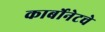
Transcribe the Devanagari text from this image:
कार्बोनेटचे